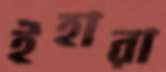
ইহারা